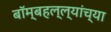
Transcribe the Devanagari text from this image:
बॉम्बहल्ल्यांच्या